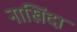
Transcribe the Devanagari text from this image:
नाखिंदा